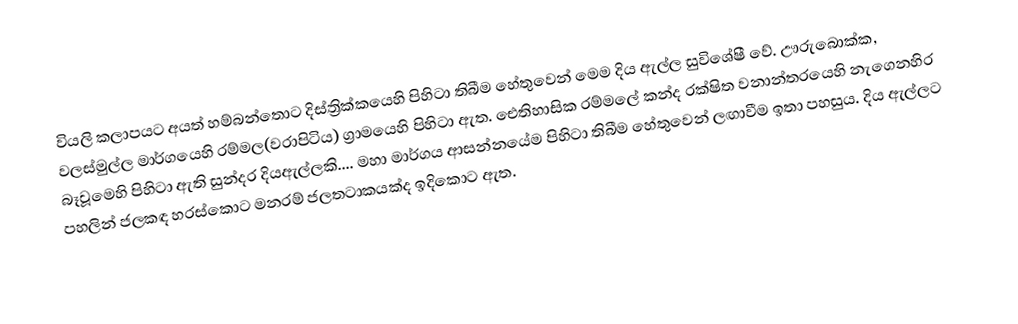
වියලි කලාපයට අයත් හම්බන්තොට දිස්ත්‍රික්කයෙහි පිහිටා තිබීම හේතුවෙන් මෙම දිය ඇල්ල සුවිශේෂී වේ. ඌරුබොක්ක, වලස්මුල්ල මාර්ගයෙහි රම්මල(වරාපිටිය) ග්‍රාමයෙහි පිහිටා ඇත. ඓතිහාසික රම්මලේ කන්ද රක්ෂිත වනාන්තරයෙහි නැගෙනහිර බෑවූමෙහි පිහිටා ඇති සුන්දර දියඇල්ලකි.... මහා මාර්ගය ආසන්නයේම පිහිටා තිබීම හේතුවෙන් ලඟාවීම ඉතා පහසුය. දිය ඇල්ලට පහලින් ජලකඳ හරස්කොට මනරම් ජලතටාකයක්ද ඉදිකොට ඇත.